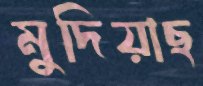
মুদিয়াছ